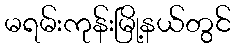
မရမ်းကုန်းမြို့နယ်တွင်